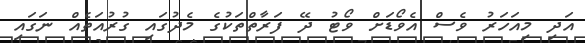
އަދި މިއަހަރު ވެސް އެވޯޑަށް ވޯޓު ދޭ ފަރާތްތަކުގެ މެދުގައި ގުރުއަތެއް ނަގައި